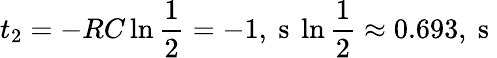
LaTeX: t_{2}=-RC\ln{\frac{1}{2}}=-1,\mathrm{~s~}\ln{\frac{1}{2}}\approx 0.693,\mathrm{~s~}